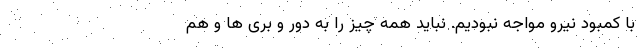
با کمبود نیرو مواجه نبودیم. نباید همه چیز را به دور و بری ها و هم